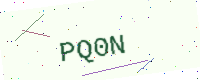
Text: PQ0N